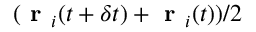
( \textbf { r } _ { i } ( t + \delta t ) + \textbf { r } _ { i } ( t ) ) / 2